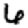
Digit: 6